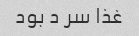
غذا سر د بود